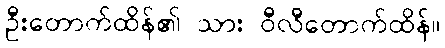
ဦးတောက်ထိန်၏ သား ဝီလီတောက်ထိန်။